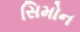
સિમોન